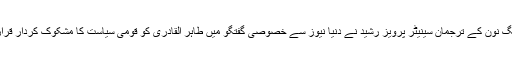
مسلم لیگ نون کے ترجمان سینیٹر پرویز رشید نے دنیا نیوز سے خصوصی گفتگو میں طاہر القادری کو قومی سیاست کا مشکوک کردار قرار دیدیا۔